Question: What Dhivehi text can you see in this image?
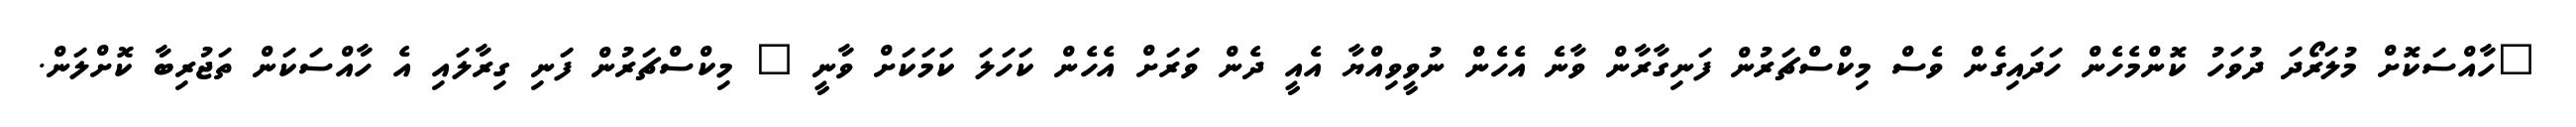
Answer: "ހާއްސަކޮށް މުލަރޯދަ ދުވަހު ކޮންމެހެން ހަދައިގެން ވެސް މިކްސްޗަރުން ފަނިގާރާން ވާނެ އެހެން ނުވީވިއްޔާ އެއީ ދެން ވަރަށް އެހެން ކަހަލަ ކަމަކަށް ވާނީ " މިކްސްޗަރުން ފަނި ގިރާލައި އެ ހާއްސަކަން ތަޖުރިބާ ކޮށްލަން.